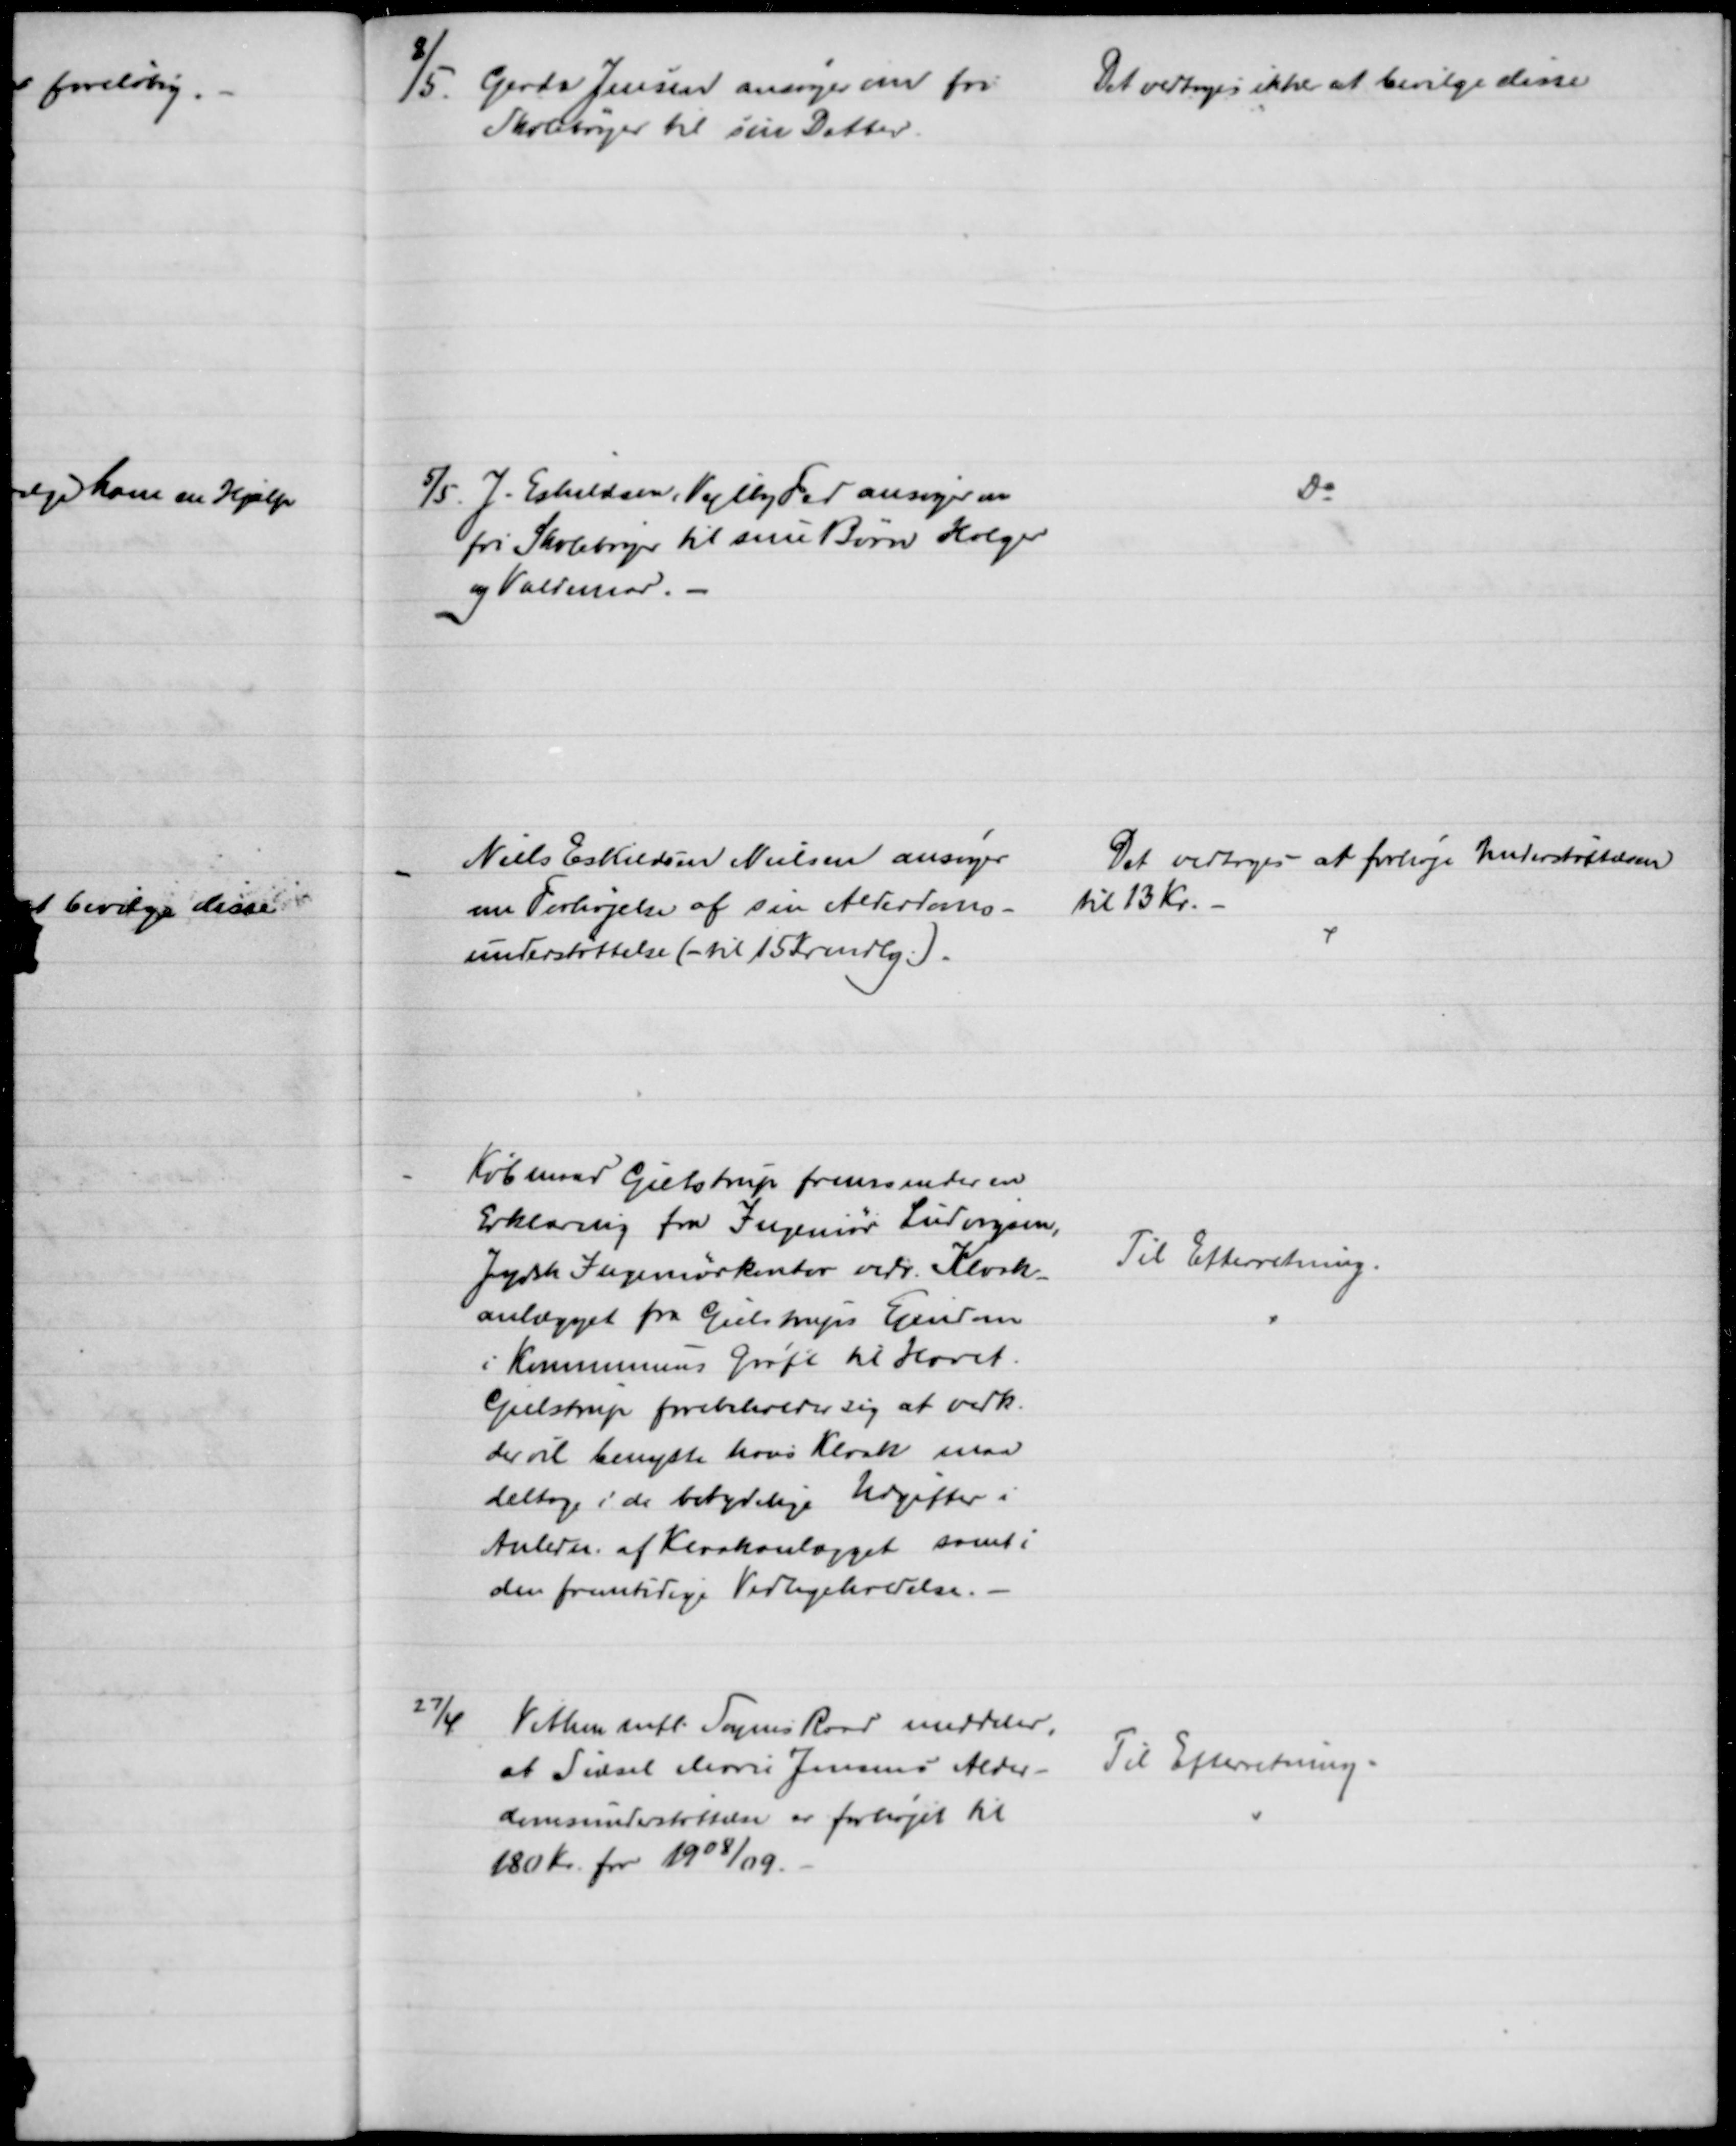
Transskription:
8/5. Gerda Jensen ansøger om fri 
Skolebøger til sin Datter.
Det vedtoges ikke at bevilge disse
5/5. J. Eskildsen, Vejlby Fed ansøger om 
fri Skolebøger til sine Børn Holger
og Valdemar.
Do
Niels Eskildsen Nielsen ansøger
om Forhøjelse af sin Alderdoms-
understøttelse (til 15 Kr mdlg.).
Det vedtoges at forhøje Understøttelsen
til 13 Kr. 
Købmand Gielstrup fremsender en
Erklæring fra Ingeniør Ludvigsen,
Jydsk Ingeniørkontor vedr. Kloak
anlægget fra Gielstrups Ejendom
i Kommunens Grøft til Havet.
Gielstrup forebeholder sig at vedk.
der vil benytte hans Kloak maa 
deltage i de betydelige Udgifter i
Anledn. af Kloakanlægget samt i
den fremtidige Vedligeholdelse.
Til Efterretning.
27/4
Vithen mfl. Sognes Raad meddeler,
at Sidsel Marie Jensens Alder-
domsunderstøttelse er forhøjet til
180 Kr. for 1908/09.
Til Efterretning.